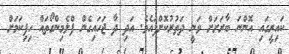
ކައިރީގައި އޮންނަ ބާރަށަށް ވަނީ ދަތުރުކޮށްފައެވެ. އަދި ދާ ޖަހައިގެން ފްލެމިންގޯތައް ހިފިކަމަށް